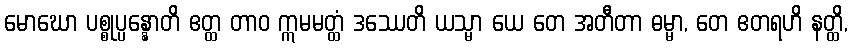
မောဃော ပစ္စုပ္ပန္နောတိ ဧတ္ထ တာဝ ဣမမတ္ထံ ဒဿေတိ ယသ္မာ ယေ တေ အတီတာ ဓမ္မာ, တေ ဧတရဟိ နတ္ထိ,